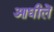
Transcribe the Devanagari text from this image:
आधीलें